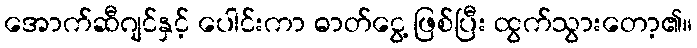
အောက်ဆီဂျင်နှင့် ပေါင်းကာ ဓာတ်ငွေ့ ဖြစ်ပြီး ထွက်သွားတော့၏။